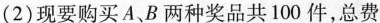
(2)现要购买A、B两种奖品共100件，总费